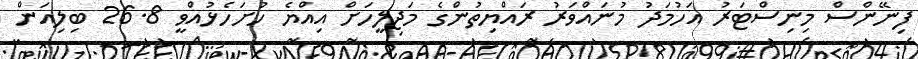
ފިނޭންސް މިނިސްޓަރު އަހުމަދު މުނައްވަރު ރައްޔިތުންގެ މަޖިލީހަށް އިއްޔެ ހުށަހެޅުއްވީ 26.8 ބިލިއަން